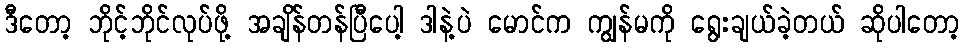
ဒီတော့ ဘိုင့်ဘိုင်လုပ်ဖို့ အချိန်တန်ပြီပေါ့ ဒါနဲ့ပဲ မောင်က ကျွန်မကို ရွေးချယ်ခဲ့တယ် ဆိုပါတော့